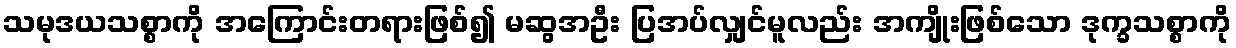
သမုဒယသစ္စာကို အကြောင်းတရားဖြစ်၍ မဆွအဦး ပြအပ်လျှင်မူလည်း အကျိုးဖြစ်သော ဒုက္ခသစ္စာကို